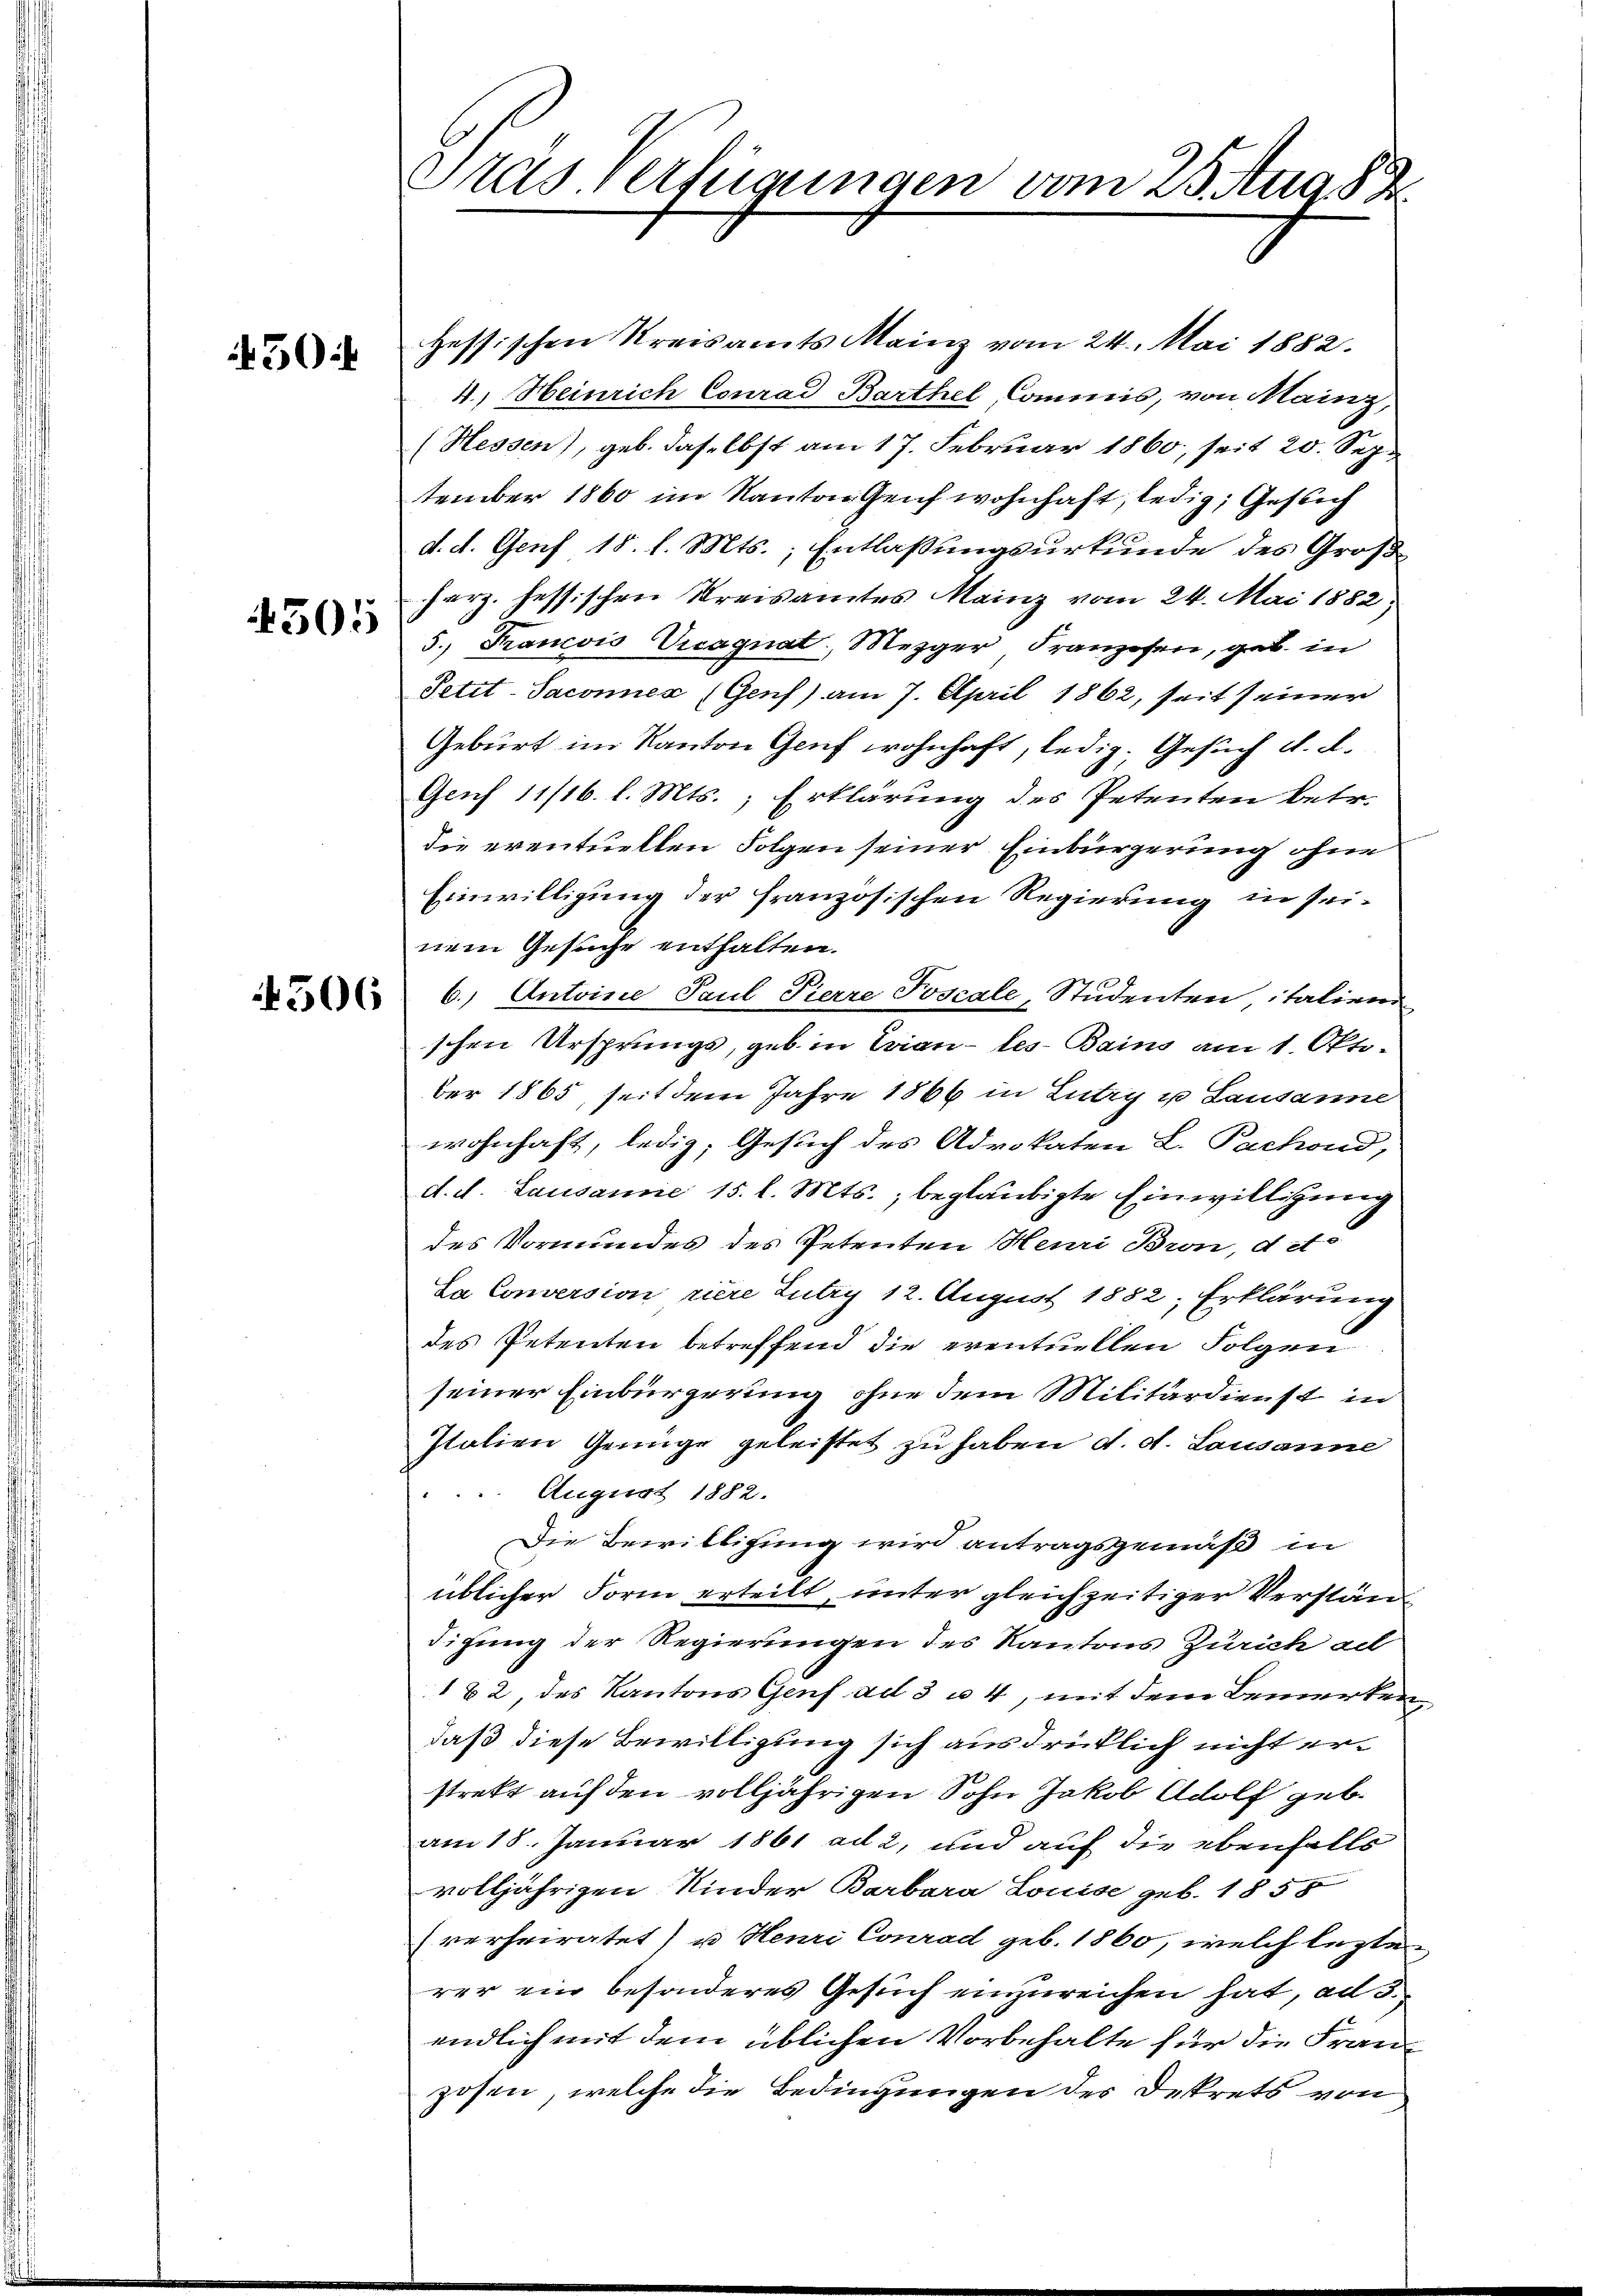
30)

4505

4506

Gas verfügungen vom 25. Aug. 183

zessischen Kreisamts Mainz vom 24. Mai 1882.
4.) Heinrich Conrad Barthel Commis, von Mainz,
(Hessen), geb. daselbst am 17. Februar 1860; seit 20. Sep.
tember 1860 im Kanton Genf wohnhaft, ledig, Gesich
d. d. Genf 18. d. Mts., Entlaßungsurkunde des Großherz. hessischen Kreisamtes Mainz vom 24. Mai 1882,
5.) Francois Vicagnat, Mezger Franzosen, geb. in
Petit-Saconnex (Genf) am 7. April 1862, seit seiner
Geburt im Kanton Genf wohnhaft, ledig. Gesuch d. d.
Genf 11/16 l. Mts., Erklärung des Petenten betr.
die eventuellen Folgen seiner Einbürgerung ohne
Einwilligung der französischen Regierung in seinem Gesuche enthalten.
6.) Antoine Paul Pierre Poscale, Studenten italienn
schen Ursprungs, geb. in Evian-les-Bains am 1. Oktober 1865, seit dem Jahre 1866 in Lutry u Lausanne
wohnhaft, ledig, Gesuch des Advokaten L. Puchond,
d. d. Lausanne 15. l. Mts., beglaubigte Einwilligung
des Vormundes des Petenten Henri Bron, d. et.
La Conversion riere Lutry 12. August 1882, Erklärung
des Petenten betreffend die eventuellen Folgen
seiner Einbürgerung ohne dem Militärdienst in
Italien Genüge geleistet zu haben d. d. Lausanne
 August 1882.
Die Bewilligung wird antragsgemäß in
üblicher Form erteilt, unter gleichzeitiger Verständigung der Regierungen des Kantons Zürich ad
182, des Kantons Genf ad 3 u. 4, mit dem Bemerkendaß diese Bewilligung sich ausdrücklich nicht erstrekt auf den volljährigen Sohn Jakob Adolf geb.
am 18. Januar 1861 ad 2, und auf die ebenfalls
volljährigen Kinder Barbara Louise geb. 1855
verheiratet) u Henri Conrad geb. 1860, welch lezte
rer ein besonderes Gesuch einzureichen hat, ad 3.
endlich mit dem üblichen Vorbehalte für die Franzosen, welche die Bedingungen des Dekrets von